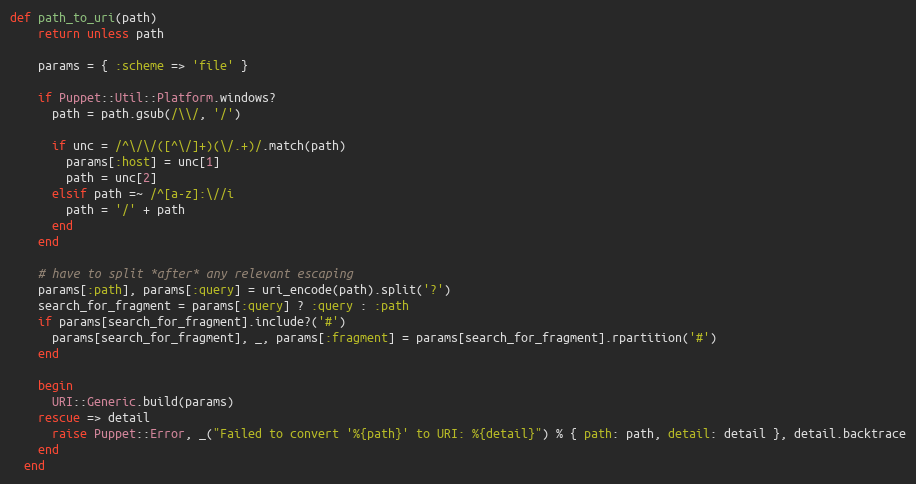
Language: Ruby
def path_to_uri(path)
    return unless path

    params = { :scheme => 'file' }

    if Puppet::Util::Platform.windows?
      path = path.gsub(/\\/, '/')

      if unc = /^\/\/([^\/]+)(\/.+)/.match(path)
        params[:host] = unc[1]
        path = unc[2]
      elsif path =~ /^[a-z]:\//i
        path = '/' + path
      end
    end

    # have to split *after* any relevant escaping
    params[:path], params[:query] = uri_encode(path).split('?')
    search_for_fragment = params[:query] ? :query : :path
    if params[search_for_fragment].include?('#')
      params[search_for_fragment], _, params[:fragment] = params[search_for_fragment].rpartition('#')
    end

    begin
      URI::Generic.build(params)
    rescue => detail
      raise Puppet::Error, _("Failed to convert '%{path}' to URI: %{detail}") % { path: path, detail: detail }, detail.backtrace
    end
  end